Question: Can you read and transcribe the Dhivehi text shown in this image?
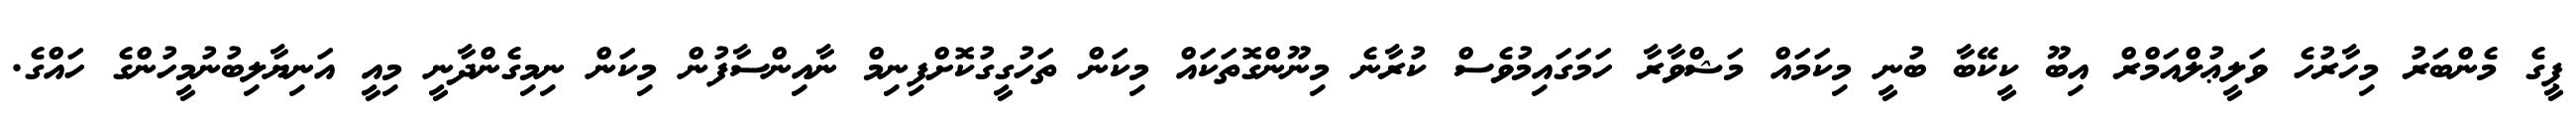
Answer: ޕީގެ މެންބަރު މިހާރުހެ ވަލީޢުލްއަމްރް އިބޫ ކީކޭބާ ބުނީ މިކަމައް މަޝްވާރާ ހަމަގައިމުވެސް ކުރާނެ މިނޫންގޮތަކައް މިކަން ތަހުގީގުކޮށްފިނިމް ނާއިންސާފުން މިކަން ނިމިގެންދާނީ މިއީ އަނިޔާލިބުނުމީހުންގެ ހައްގެ.